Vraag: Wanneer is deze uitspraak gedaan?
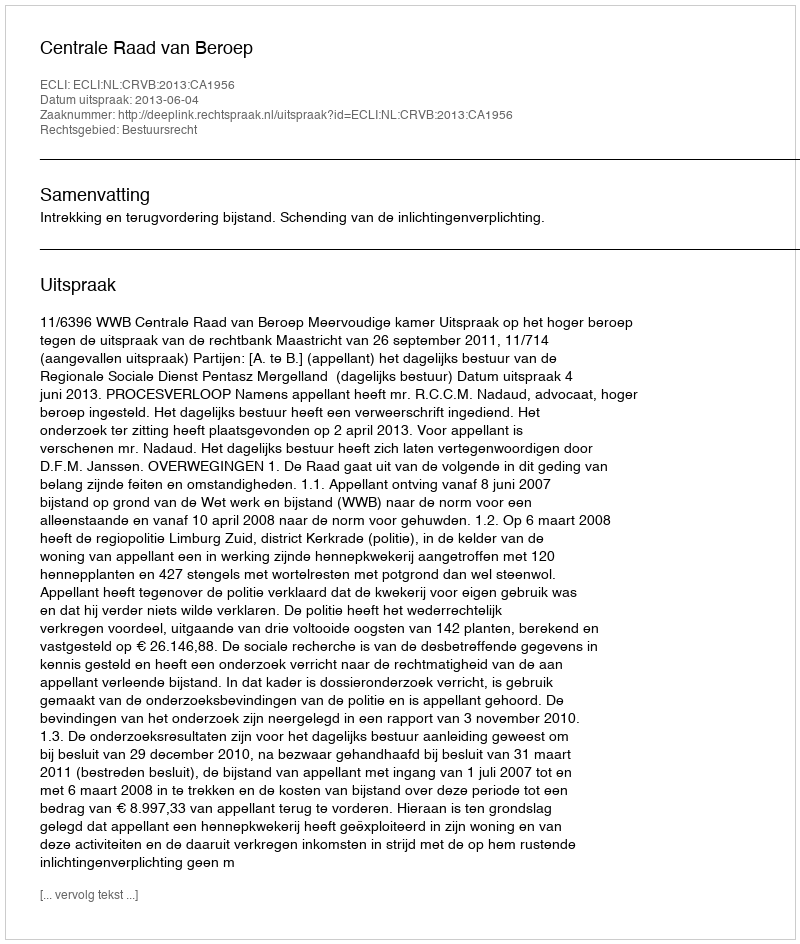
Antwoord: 2013-06-04